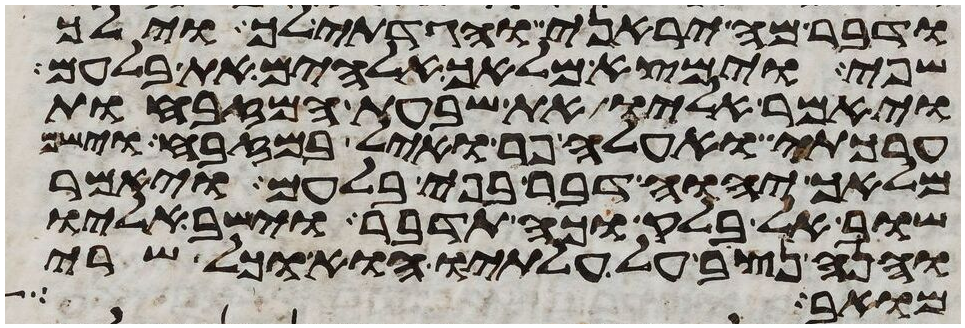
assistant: ודבר מה יראני והגדתי לך וילך
שפי וימצא מלאך אלהים את בלעם
ויאמר אליו את שבעת המזבחות
ערכתי ואעלה פר ואיל במזבח וישם
מלאך יהוה דבר בפי בלעם ויאמר
שוב אל בלק וכה תדבר וישב אליו
והנה נצב על עלתיו הוא וכל שרי
מואב